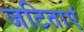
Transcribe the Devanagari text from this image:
जटिताएं